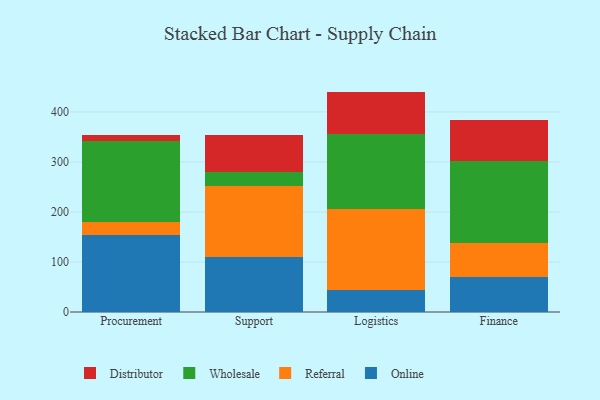
{"axis": {"x": "Department", "y": "Market Share (%)"}, "legend": ["Distributor", "Online", "Referral", "Wholesale"], "data": [{"x": "Procurement", "y": 153.1, "type": "Online"}, {"x": "Procurement", "y": 27.2, "type": "Referral"}, {"x": "Procurement", "y": 160.8, "type": "Wholesale"}, {"x": "Procurement", "y": 12.7, "type": "Distributor"}, {"x": "Support", "y": 109.1, "type": "Online"}, {"x": "Support", "y": 143.0, "type": "Referral"}, {"x": "Support", "y": 28.5, "type": "Wholesale"}, {"x": "Support", "y": 73.9, "type": "Distributor"}, {"x": "Logistics", "y": 44.0, "type": "Online"}, {"x": "Logistics", "y": 161.0, "type": "Referral"}, {"x": "Logistics", "y": 151.0, "type": "Wholesale"}, {"x": "Logistics", "y": 84.7, "type": "Distributor"}, {"x": "Finance", "y": 69.0, "type": "Online"}, {"x": "Finance", "y": 69.0, "type": "Referral"}, {"x": "Finance", "y": 164.1, "type": "Wholesale"}, {"x": "Finance", "y": 81.2, "type": "Distributor"}]}